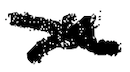
Text: a
Cross-out: cross
Writing tool: digital_black